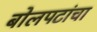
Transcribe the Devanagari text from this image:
बोलपटांचा